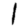
Digit: 1